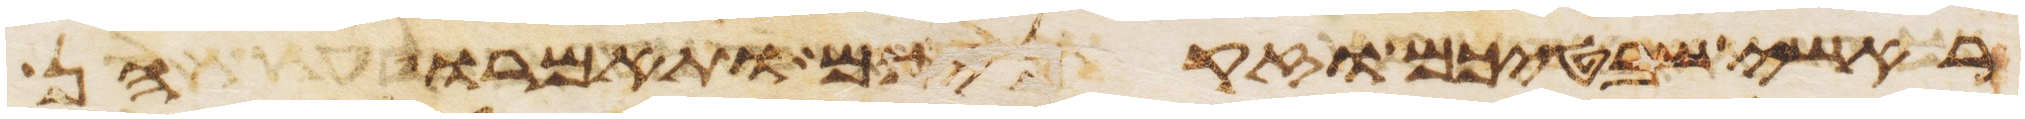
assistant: ראשי שבטיכם וזקניכם ותאמרו הן